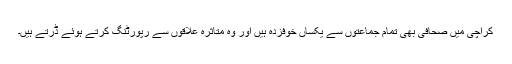
کراچی میں صحافی بھی تمام جماعتوں سے یکساں خوفزدہ ہیں اور وہ متاثرہ علاقوں سے رپورٹنگ کرتے ہوئے ڈرتے ہیں۔